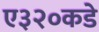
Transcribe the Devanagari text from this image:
ए३२०कडे